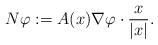
\begin{align*}N \varphi := A(x) \nabla \varphi \cdot \frac{x}{|x|}.\end{align*}